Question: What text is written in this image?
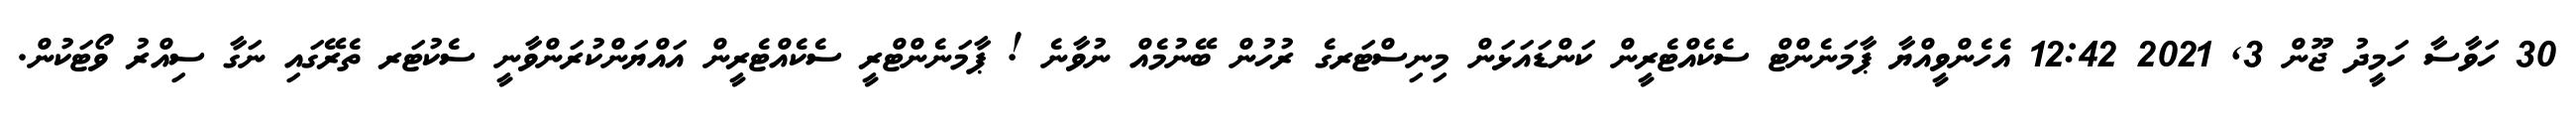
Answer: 30 ހަވާސާ ހަމީދު ޖޫން 3, 2021 12:42 އެހެންވީއްޔާ ޕާމަނެންޓް ސެކެއްޓެރީން ކަންޑައަޅަން މިނިސްޓަރގެ ރުހުން ބޭނުމެއް ނުވާނެ ! ޕާމަނެންޓްރީ ސެކެއްޓެރީން އައްޔަންކުރަންވާނީ ސެކުޓަރ ތެރޭގައި ނަގާ ސިއްރު ވޯޓަކުން.